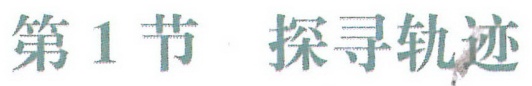
第1节 探寻轨迹